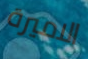
الاميرة